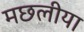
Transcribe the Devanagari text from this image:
मछलीया